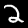
Label: 2